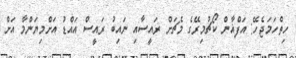
ހިތްހަމަޖެހޭ: އަފްޣާން ކޯޗުމިރޭގެ މެޗަށް ރައީސާއި ނައިބު ރައީސް އައްޑު އަށްމިޔަންމާ އަށް